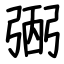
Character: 弻